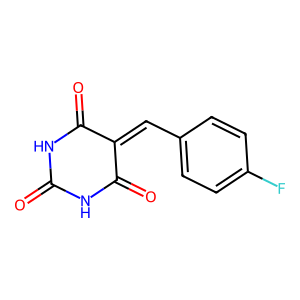
SMILES: O=C1NC(=O)C(=Cc2ccc(F)cc2)C(=O)N1
Inhibits HIV replication: No